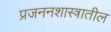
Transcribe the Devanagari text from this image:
प्रजननशास्त्रातील